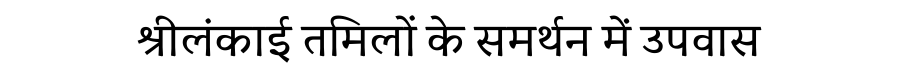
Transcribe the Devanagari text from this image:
श्रीलंकाई तमिलों के समर्थन में उपवास